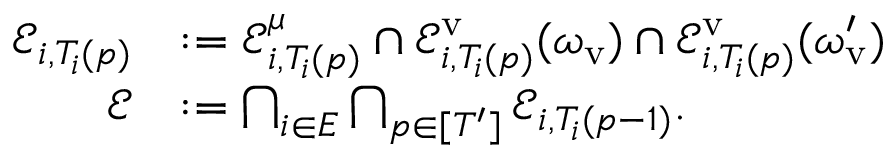
\begin{array} { r l } { \mathcal { E } _ { i , T _ { i } ( p ) } } & { : = \mathcal { E } _ { i , T _ { i } ( p ) } ^ { \mu } \cap \mathcal { E } _ { i , T _ { i } ( p ) } ^ { \mathrm { v } } ( \omega _ { \mathrm { v } } ) \cap \mathcal { E } _ { i , T _ { i } ( p ) } ^ { \mathrm { v } } ( \omega _ { \mathrm { v } } ^ { \prime } ) } \\ { \mathcal { E } } & { : = \bigcap _ { i \in E } \bigcap _ { p \in [ T ^ { \prime } ] } \mathcal { E } _ { i , T _ { i } ( p - 1 ) } . } \end{array}